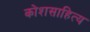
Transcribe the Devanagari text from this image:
कोशसाहित्य